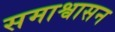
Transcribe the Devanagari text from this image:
समाश्वासन